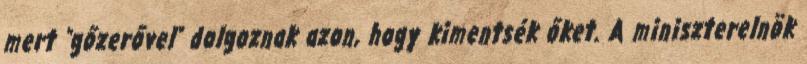
mert "gőzerővel" dolgoznak azon, hogy kimentsék őket. A miniszterelnök